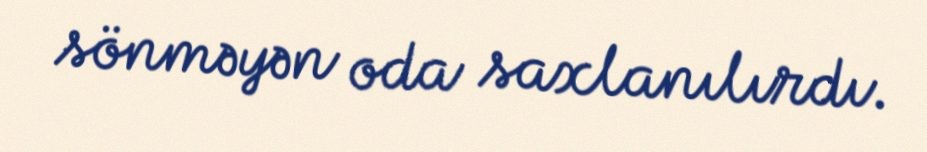
sönməyən oda saxlanılırdı.